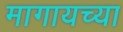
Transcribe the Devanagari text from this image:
मागायच्या